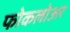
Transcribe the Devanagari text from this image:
फोकलोअर